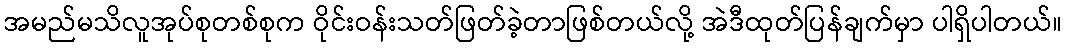
အမည်မသိလူအုပ်စုတစ်စုက ဝိုင်းဝန်းသတ်ဖြတ်ခဲ့တာဖြစ်တယ်လို့ အဲဒီထုတ်ပြန်ချက်မှာ ပါရှိပါတယ်။